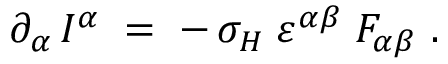
\partial _ { \alpha } \, I ^ { \alpha } \; = \; - \, \sigma _ { H } \; \varepsilon ^ { \alpha \beta } \; F _ { \alpha \beta } ~ .